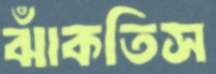
ঝাঁকতিস